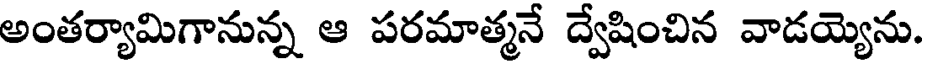
అంతర్యామిగానున్న ఆ పరమాత్మనే ద్వేషించిన వాడయ్యెను.